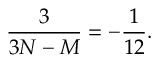
\frac { 3 } { 3 N - M } = - \frac { 1 } { 1 2 } .